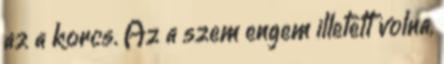
az a korcs. Az a szem engem illetett volna,